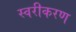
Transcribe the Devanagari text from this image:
स्वरीकरण